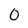
Character: 0